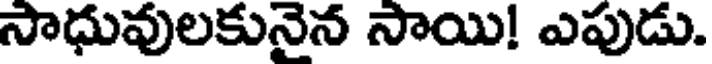
సాధువులకునైన సాయి! ఎపుడు.